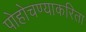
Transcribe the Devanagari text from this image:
पोहोचण्याकरिता